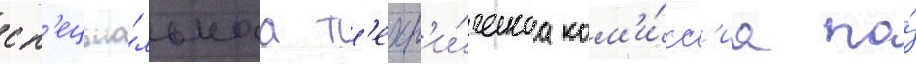
сп'ециа́льнаа т'ехн'и́ческаа ком'и́сс'иа по́